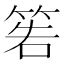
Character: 𥮂